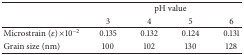
|  | <COLSPAN=4> pH value |
 |  | 3 | 4 | 5 | 6 |
 | --- | --- | --- | --- | --- |
 | Microstrain (ε) ×10−2 | 0.135 | 0.132 | 0.124 | 0.131 |
 | Grain size (nm) | 100 | 102 | 130 | 128 |